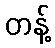
တန့်